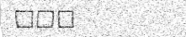
١٣٧